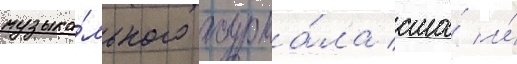
музыка́льного журна́ла сша́ и́